Ambla_Vallakohus, lk 11
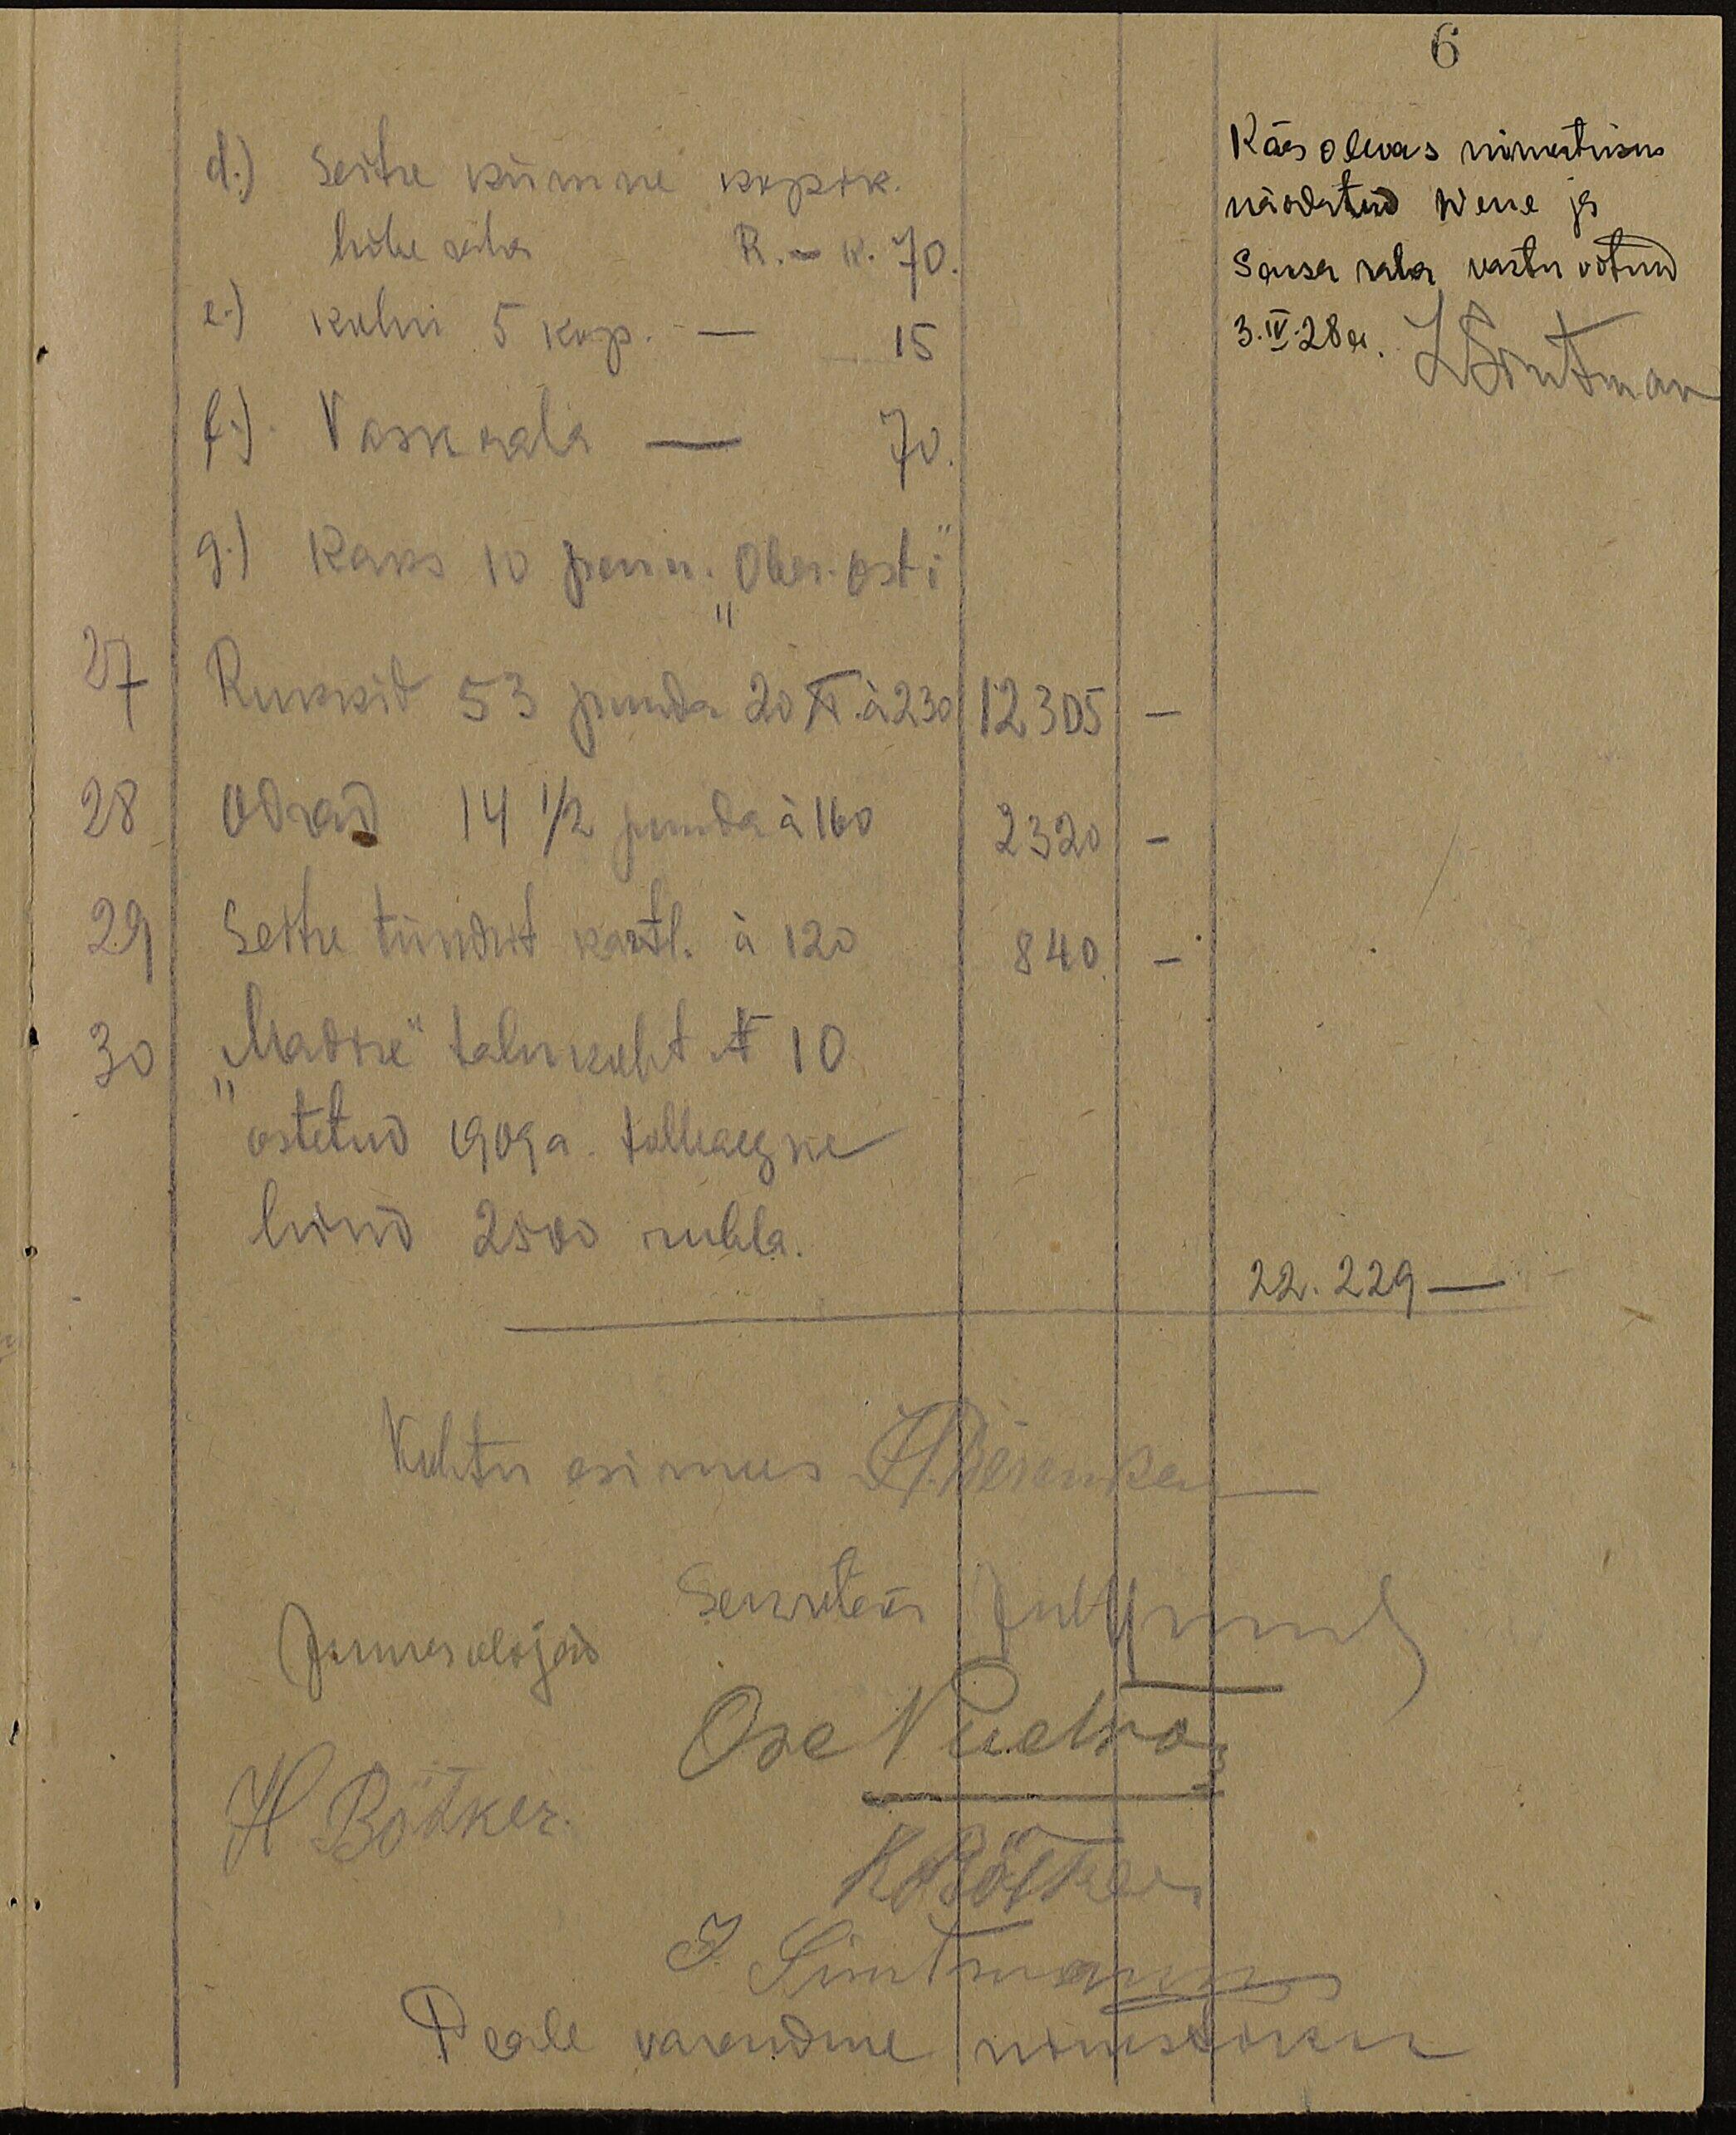
6
d.) Seitse kümne kopik
Käes olevas nimertusus
näidatud Wene ja
hõbe raha - R. - k. 70.
Saksa raha vastu võtnud.
e) kulni 5 kop. - 15
3. IV. 28 a. L. Smman
f. ) Vaskraha - 70.
g.) Kaks 10 penn. "Ober-osti"
27 Rukkid 53 puuda 20 No. á 23a 12305.
28 Odrad 14 1/2 panda á 160 2320
29 Seitse tündrit kartl. á 120 840
30 "Madise" talu koht N 10
ostetud 1909 a. tollaaegne
hind 2500 rubla.
22.229 -
Kohtu esimees L. Perenkel
Juures olijad Sekretär juurim
Ose Nuetna
H. Bötker.
K. Bötker
J. Simtmani
Peale varanduse nimestiku